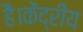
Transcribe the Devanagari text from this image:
है।केंद्रीय